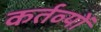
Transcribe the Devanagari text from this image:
कर्तव्‍यों